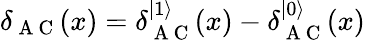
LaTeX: \delta_{\mathrm{~A~C~}}(x)=\delta_{\mathrm{~A~C~}}^{|1\rangle}(x)-\delta_{\mathrm{~A~C~}}^{|0\rangle}(x)